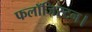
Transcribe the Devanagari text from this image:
फलॉजिस्टन।